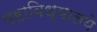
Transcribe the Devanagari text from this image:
महाविध्यालये